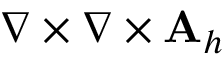
\nabla \times \nabla \times { \mathbf A } _ { h }